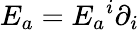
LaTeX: E_{a}=E_{a}{}^{i}\partial_{i}